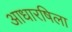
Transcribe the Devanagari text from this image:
आधारषिला